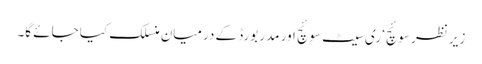
زیر نظر سوئچ‘ ری سیٹ سوئچ اور مدر بورڈ کے درمیان منسلک کیا جائے گا۔